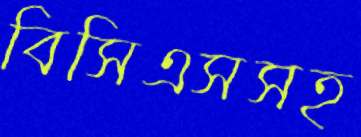
বিসিএসসহ